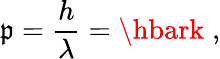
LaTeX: \mathfrak{p}={\frac{{h}}{{\lambda}}}=\hbark\; ,